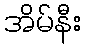
အိမ်နီး